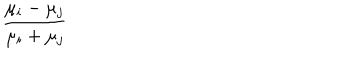
{ \frac { \mu _ { i } - \mu _ { j } } { \mu _ { i } + \mu _ { j } } }